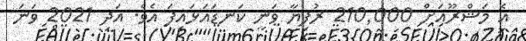
އެ މަޝްރޫއަށް 210